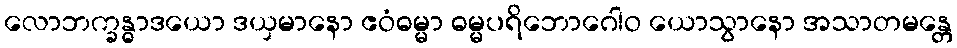
လောဘက္ခန္ဓာဒယော ဒယှမာနော ဧဝံဓမ္မာ ဓမ္မပရိဘောဂေါဝ ယောသွာနော အသာတမန္တေ